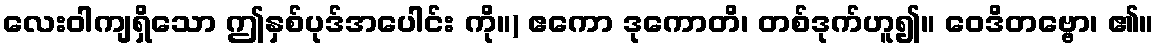
လေးဝါကျရှိသော ဤနှစ်ပုဒ်အပေါင်း ကို။) ဧကော ဒုကောတိ၊ တစ်ဒုက်ဟူ၍။ ဝေဒိတဗ္ဗော၊ ၏။